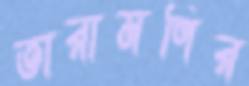
তারামণির